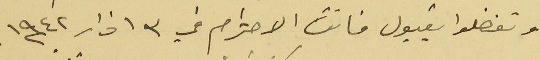
وتفضلوا بقبول فائق الاحترام في ٣ اذار سنة ١٩٤٢